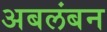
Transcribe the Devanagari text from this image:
अबलंबन